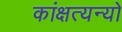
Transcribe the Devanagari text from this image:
कांक्षत्यन्यो